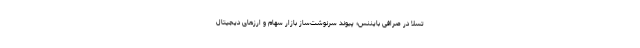
تسلا در صرافی بایننس؛ پیوند سرنوشت‌ساز بازار سهام و ارزهای دیجیتال